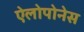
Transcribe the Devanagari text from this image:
ऐलोपोनेस